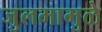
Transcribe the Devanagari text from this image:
जुलमामुळे